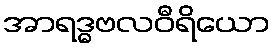
အာရဒ္ဓဗလဝီရိယော